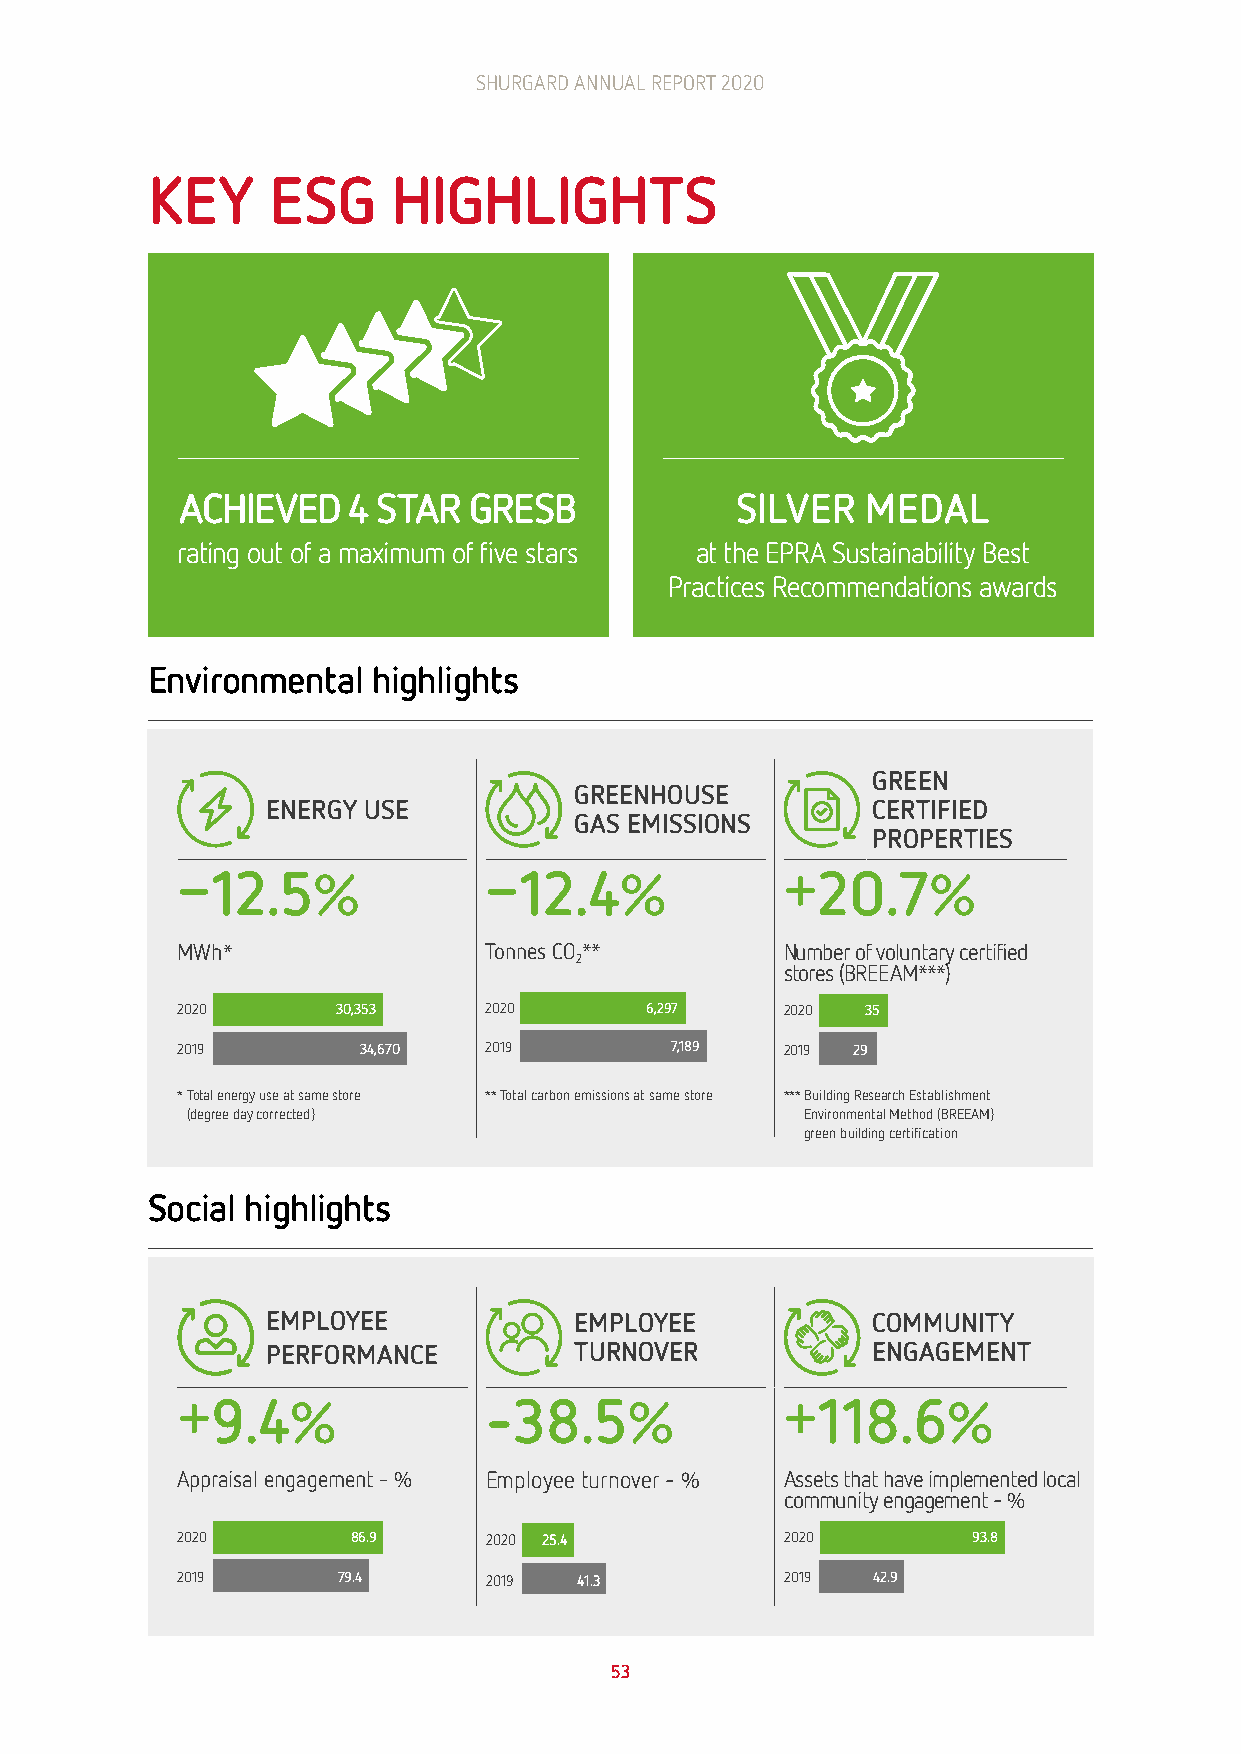
SHURGARD ANNUAL REPORT 2020
 KEY     ESG     HIGHLIGHTS
 ACHIEVED   4 STAR  GRESB             SILVER  MEDAL
 rating out of a maximum of five stars at the EPRA Sustainability Best
 Practices Recommendations awards
 Environmental  highlights
 GREEN
 GREENHOUSE
 ENERGY USE                              CERTIFIED
 GAS EMISSIONS
 PROPERTIES
 –                   –                   +
 12.5%               12.4%               20.7%
 MWh*                Tonnes CO**         Number of voluntary certified
 2
 stores (BREEAM***)
 2020      30,353    2020       6,297    2020 35
 2019        34,670  2019        7,189   2019 29
 * Total energy use at same store ** Total carbon emissions at same store *** Building Research Establishment
 (degree day corrected)                   Environmental Method (BREEAM)
 green building certification
 Social highlights
 EMPLOYEE            EMPLOYEE            COMMUNITY
 PERFORMANCE         TURNOVER            ENGAGEMENT
 +                                       +
 9.4%              –38.5%                118.6%
 Appraisal engagement – % Employee turnover – % Assets that have implemented local
 community engagement – %
 2020       86.9     2020 25.4           2020        93.8
 2019      79.4      2019  41.3          2019  42.9
 53